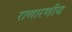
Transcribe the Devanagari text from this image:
राणारणीय